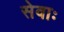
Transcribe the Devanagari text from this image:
सेवाः